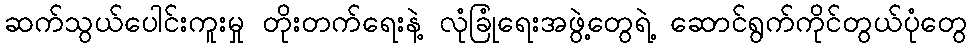
ဆက်သွယ်ပေါင်းကူးမှု တိုးတက်ရေးနဲ့ လုံခြုံရေးအဖွဲ့တွေရဲ့ ဆောင်ရွက်ကိုင်တွယ်ပုံတွေ